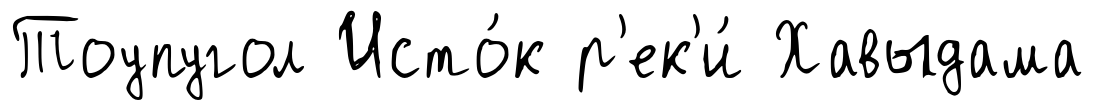
Тоупугол Исто́к р'ек'и́ Хавыдама